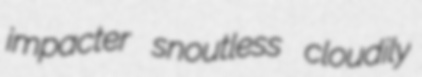
impacter snoutless cloudily